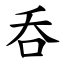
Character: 呑